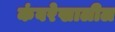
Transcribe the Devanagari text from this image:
कंबरेखालील